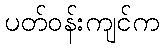
ပတ်ဝန်းကျင်က